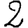
Digit: 2